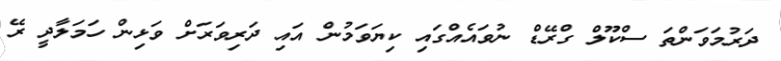
ދަރުމަވަންތަ ސްކޫލް ގްރޭޑް ނުވައެއްގައި ކިޔަވަމުން އައި ދަރިވަރަށް ވަޅިން ހަމަލާދީ ރޭ